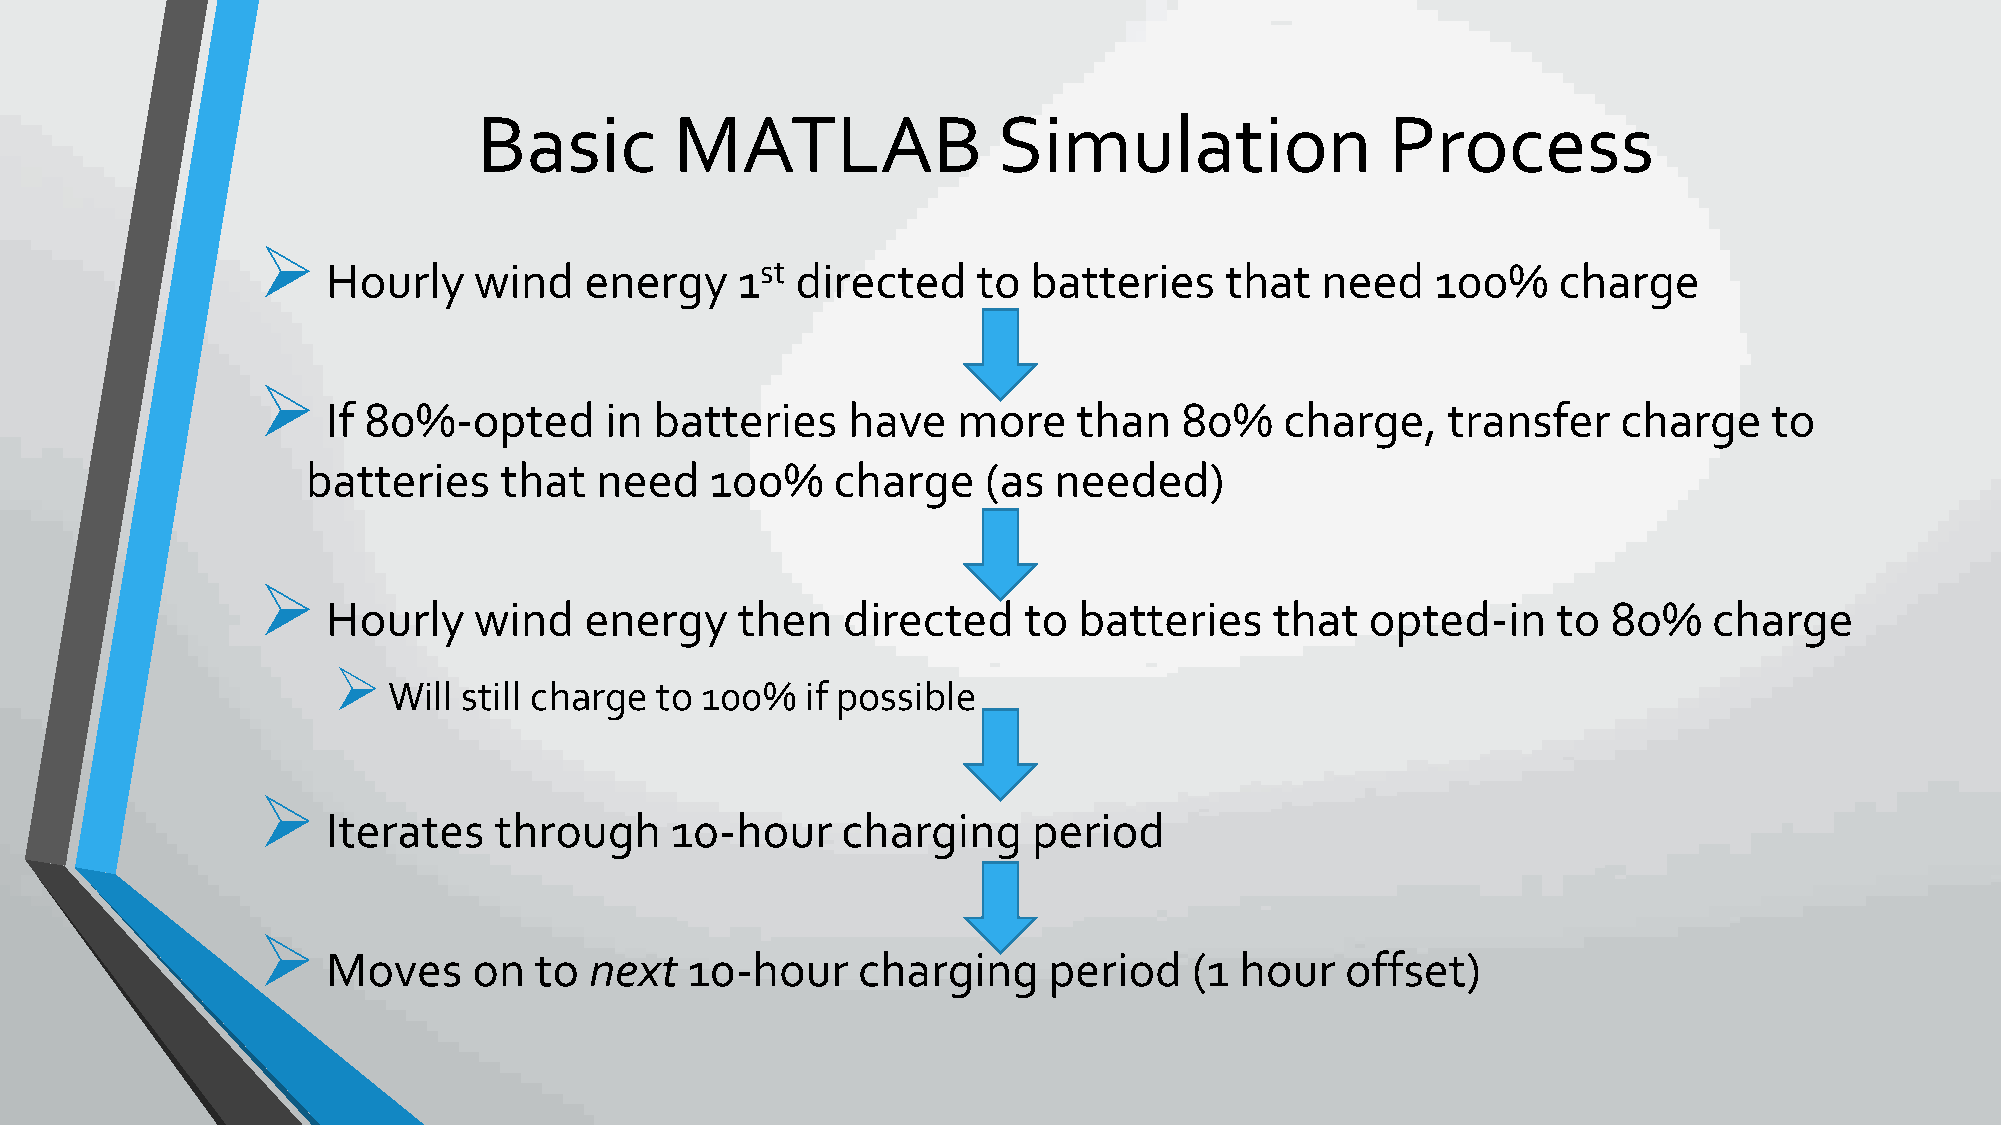
Basic        MATLAB               Simulation                Process
 ➢
 Hourly   wind    energy    1st directed    to batteries    that  need    100%    charge
 ➢
 If 80%-opted      in batteries    have   more    than   80%    charge,    transfer   charge    to
 batteries    that  need    100%    charge    (as  needed)
 ➢
 Hourly   wind    energy    then   directed    to batteries    that   opted-in    to  80%   charge
 ➢
 Will still charge to 100%  if possible
 ➢
 Iterates   through    10-hour     charging    period
 ➢
 Moves    on  to  next  10-hour     charging    period    (1 hour   offset)